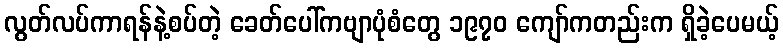
လွတ်လပ်ကာရန်နဲ့စပ်တဲ့ ခေတ်ပေါ်ကဗျာပုံစံတွေ ၁၉၇၀ ကျော်ကတည်းက ရှိခဲ့ပေမယ့်